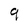
Character: 9